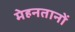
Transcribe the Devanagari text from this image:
मेहनतानों